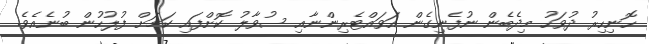
ހޮނިހިރު ދުވަހު މިދެބެން ނުފެނިގެން އަވައްޓެރިންނާއި ސުވާލު ކޮށްފައި ކަމަށް ފުލުހުން ބުނެއެވެ.